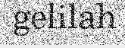
gelilah